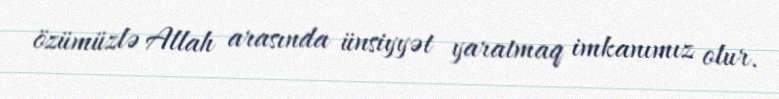
özümüzlə Allah arasında ünsiyyət yaratmaq imkanımız olur.